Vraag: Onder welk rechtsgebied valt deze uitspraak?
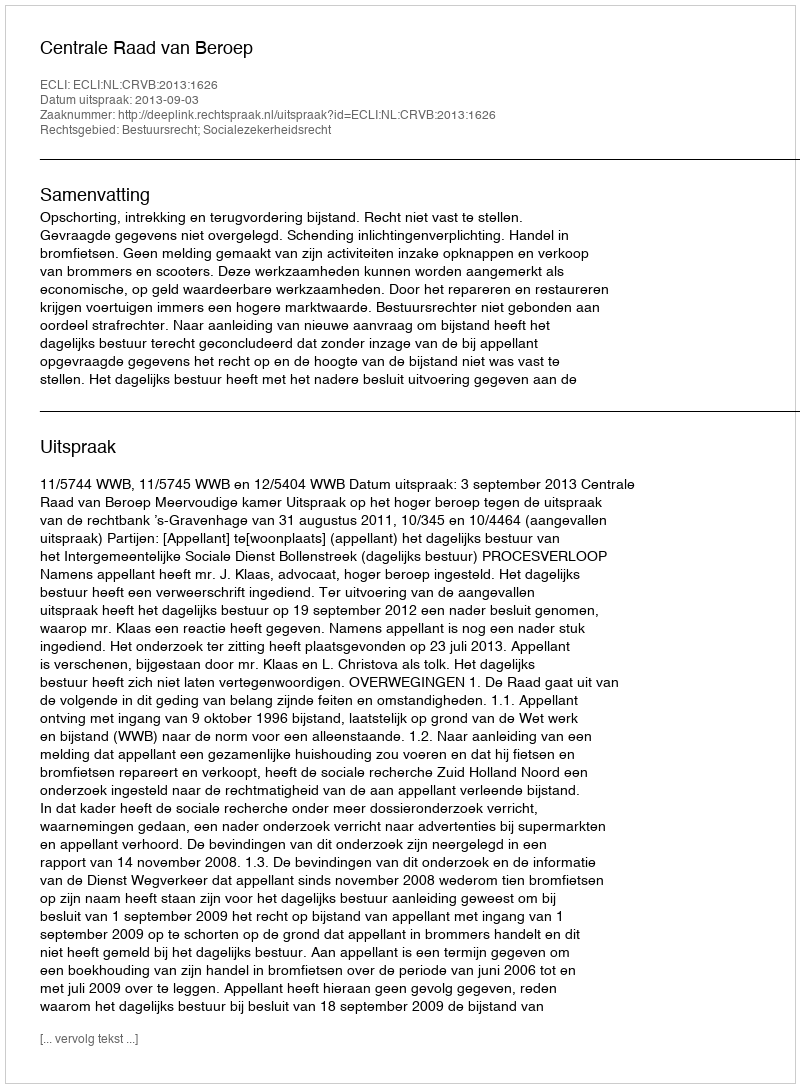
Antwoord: Bestuursrecht; Socialezekerheidsrecht